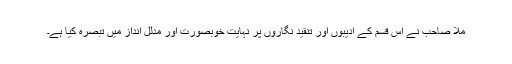
ملّا صاحب نے اس قسم کے ادیبوں اور تنقید نگاروں پر نہایت خوبصورت اور مدلل انداز میں تبصرہ کیا ہے۔